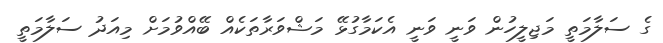
ގެ ސަލާމަތީ މަޖިލީހުން ވަނީ ވަނީ އެކަމާގުޅޭ މަޝްވަރާތަކެއް ބޭއްވުމަށް މިއަދު ސަލާމަތީ